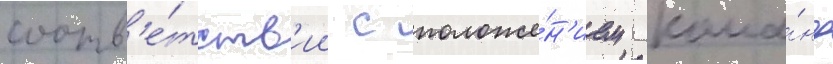
соотв'е́тств'ии с положе́н'ием кома́нд